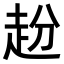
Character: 𧺮